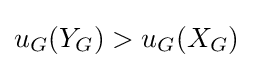
u_{G}(Y_{G})>u_{G}(X_{G})